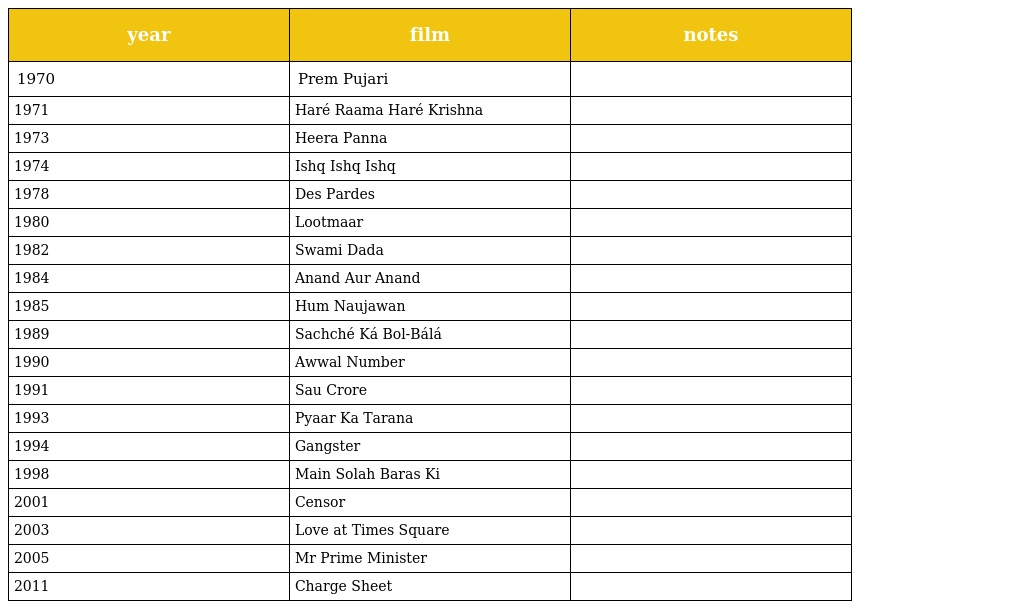
| year | film | notes |
 | --- | --- | --- |
 | 1970 | Prem Pujari |  |
 | 1971 | Haré Raama Haré Krishna |  |
 | 1973 | Heera Panna |  |
 | 1974 | Ishq Ishq Ishq |  |
 | 1978 | Des Pardes |  |
 | 1980 | Lootmaar |  |
 | 1982 | Swami Dada |  |
 | 1984 | Anand Aur Anand |  |
 | 1985 | Hum Naujawan |  |
 | 1989 | Sachché Ká Bol-Bálá |  |
 | 1990 | Awwal Number |  |
 | 1991 | Sau Crore |  |
 | 1993 | Pyaar Ka Tarana |  |
 | 1994 | Gangster |  |
 | 1998 | Main Solah Baras Ki |  |
 | 2001 | Censor |  |
 | 2003 | Love at Times Square |  |
 | 2005 | Mr Prime Minister |  |
 | 2011 | Charge Sheet |  |